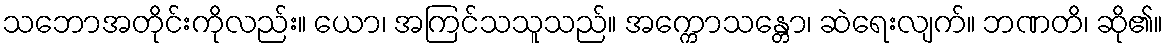
သဘောအတိုင်းကိုလည်း။ ယော၊ အကြင်သသူသည်။ အက္ကောသန္တော၊ ဆဲရေးလျက်။ ဘဏတိ၊ ဆို၏။